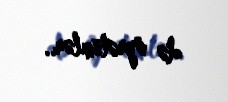
də öyrətsinlər..